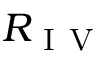
R _ { \mathrm { ~ I ~ V ~ } }